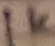
Text: 1KΩ